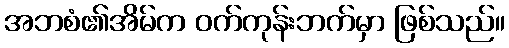
အဘစံ၏အိမ်က ဝက်ကုန်းဘက်မှာ ဖြစ်သည်။